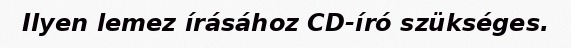
Ilyen lemez írásához CD-író szükséges.